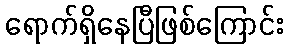
ရောက်ရှိနေပြီဖြစ်ကြောင်း